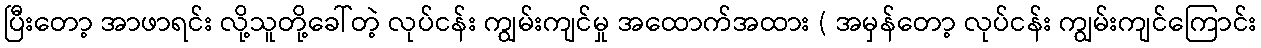
ပြီးတော့ အာဖာရင်း လို့သူတို့ခေါ်တဲ့ လုပ်ငန်း ကျွမ်းကျင်မှု အထောက်အထား ( အမှန်တော့ လုပ်ငန်း ကျွမ်းကျင်ကြောင်း